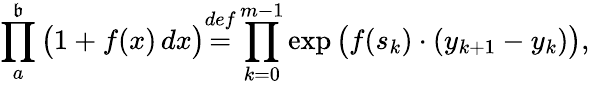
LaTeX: \prod_{a}^{\mathfrak{b}}{\big(}1+f(x)\, dx{\big)}{\overset{def}{=}}\prod_{k=0}^{m-1}\exp{\big(}f(s_{k})\cdot(y_{k+1}-y_{k}){\big)},